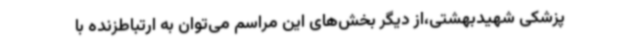
پزشکی شهیدبهشتی،از دیگر بخش‌های این مراسم می‌توان به ارتباطزنده با